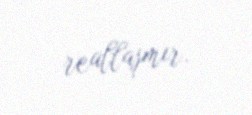
reallaşmır.